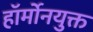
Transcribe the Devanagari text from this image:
हॉर्मोनयुक्त